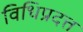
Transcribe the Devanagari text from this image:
विधिप्रदत्त